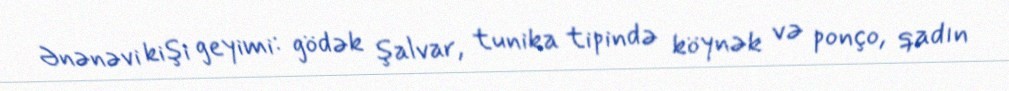
Ənənəvi kişi geyimi: gödək şalvar, tunika tipində köynək və ponço, qadın